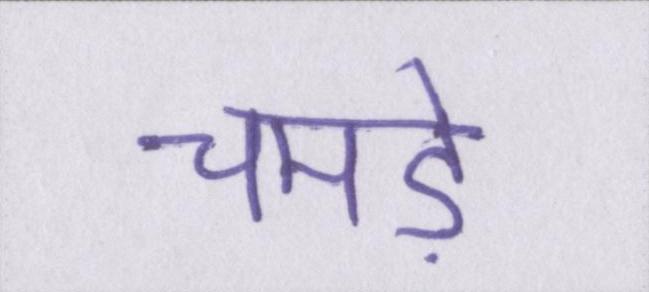
चमड़े